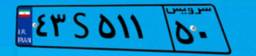
۴۳S۵۱۱۵۰